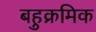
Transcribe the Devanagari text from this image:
बहुक्रमिक